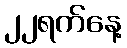
၂၂ရက်နေ့